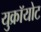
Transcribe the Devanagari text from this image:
युक्रॉयोट